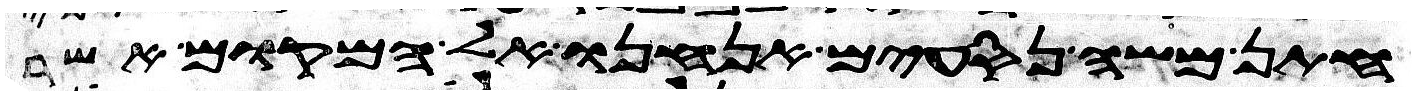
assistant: חתן משה נסעים אנחנו אל המקום אשר